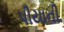
પીયાની